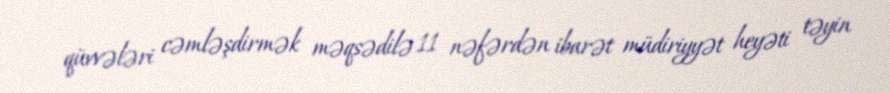
qüvvələri cəmləşdirmək məqsədilə 11 nəfərdən ibarət müdiriyyət heyəti təyin